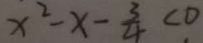
x ^ { 2 } - x - \frac { 3 } { 4 } < 0